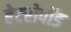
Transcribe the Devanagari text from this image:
हेटरोपॉड